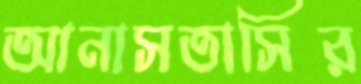
আনাসতাসির